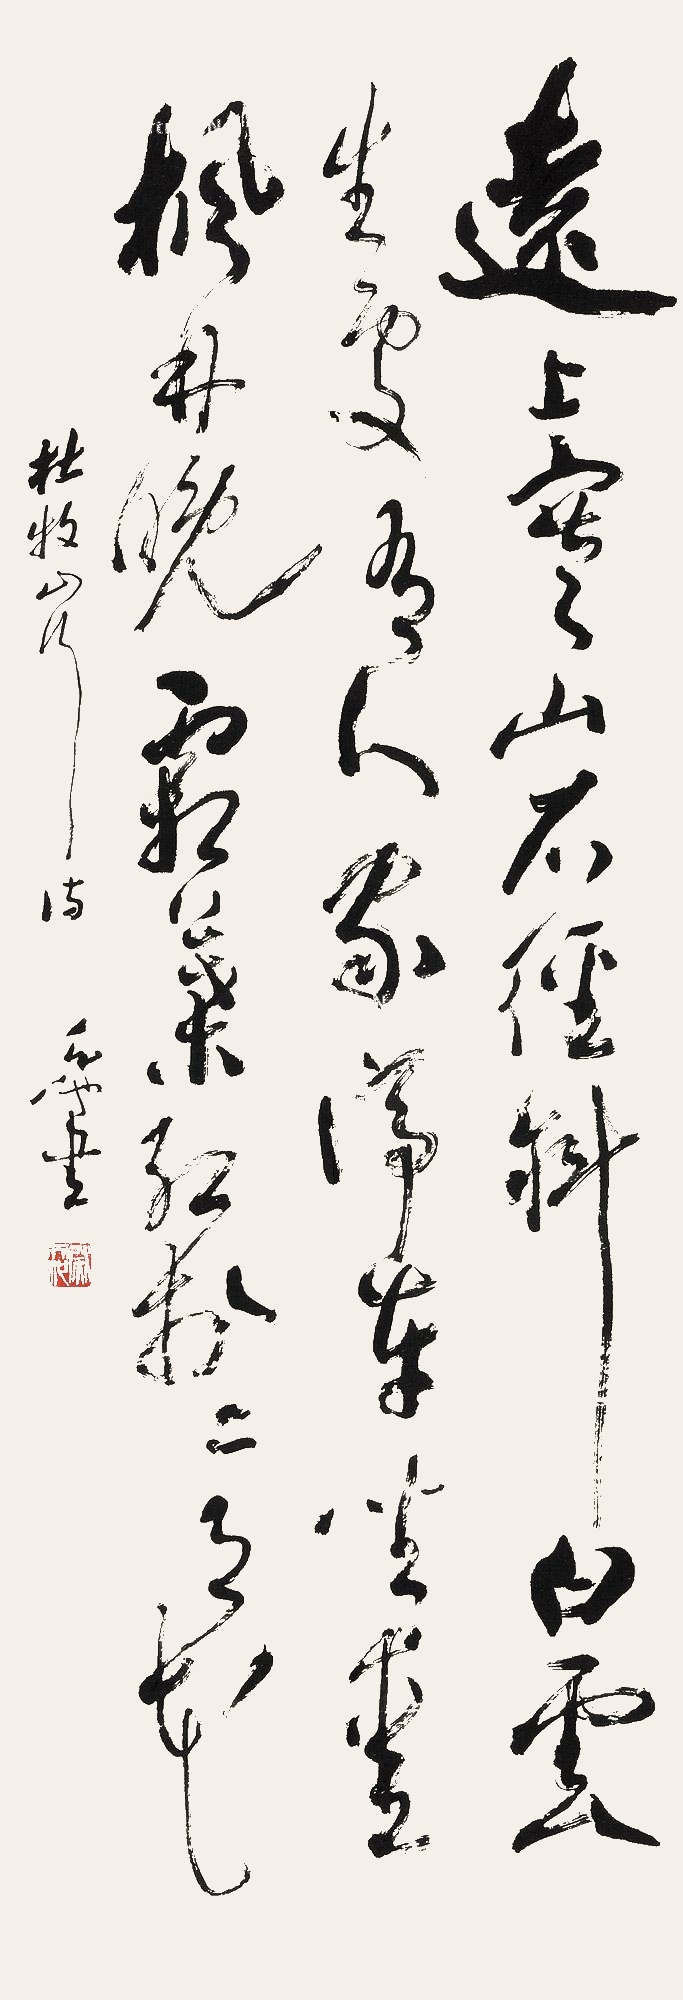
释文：远上寒山石径斜，白云生处有人家。停车坐爱枫林晚，霜叶红于二月花。杜牧山行诗天池书。